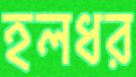
হলধর